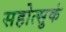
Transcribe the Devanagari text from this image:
सहोत्सुकं